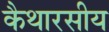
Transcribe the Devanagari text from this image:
कैथारसीय